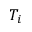
T _ { i }